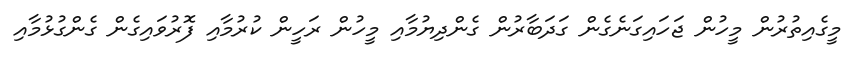
މީގެއިތުރުން މީހުން ޖަހައިގަނެގެން ގަދަބާރުން ގެންދިޔުމާއި މީހުން ރަހީން ކުރުމާއި ފޮރުވައިގެން ގެންގުޅުމާއި